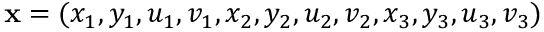
\mathbf { x } = ( x _ { 1 } , y _ { 1 } , u _ { 1 } , v _ { 1 } , x _ { 2 } , y _ { 2 } , u _ { 2 } , v _ { 2 } , x _ { 3 } , y _ { 3 } , u _ { 3 } , v _ { 3 } )